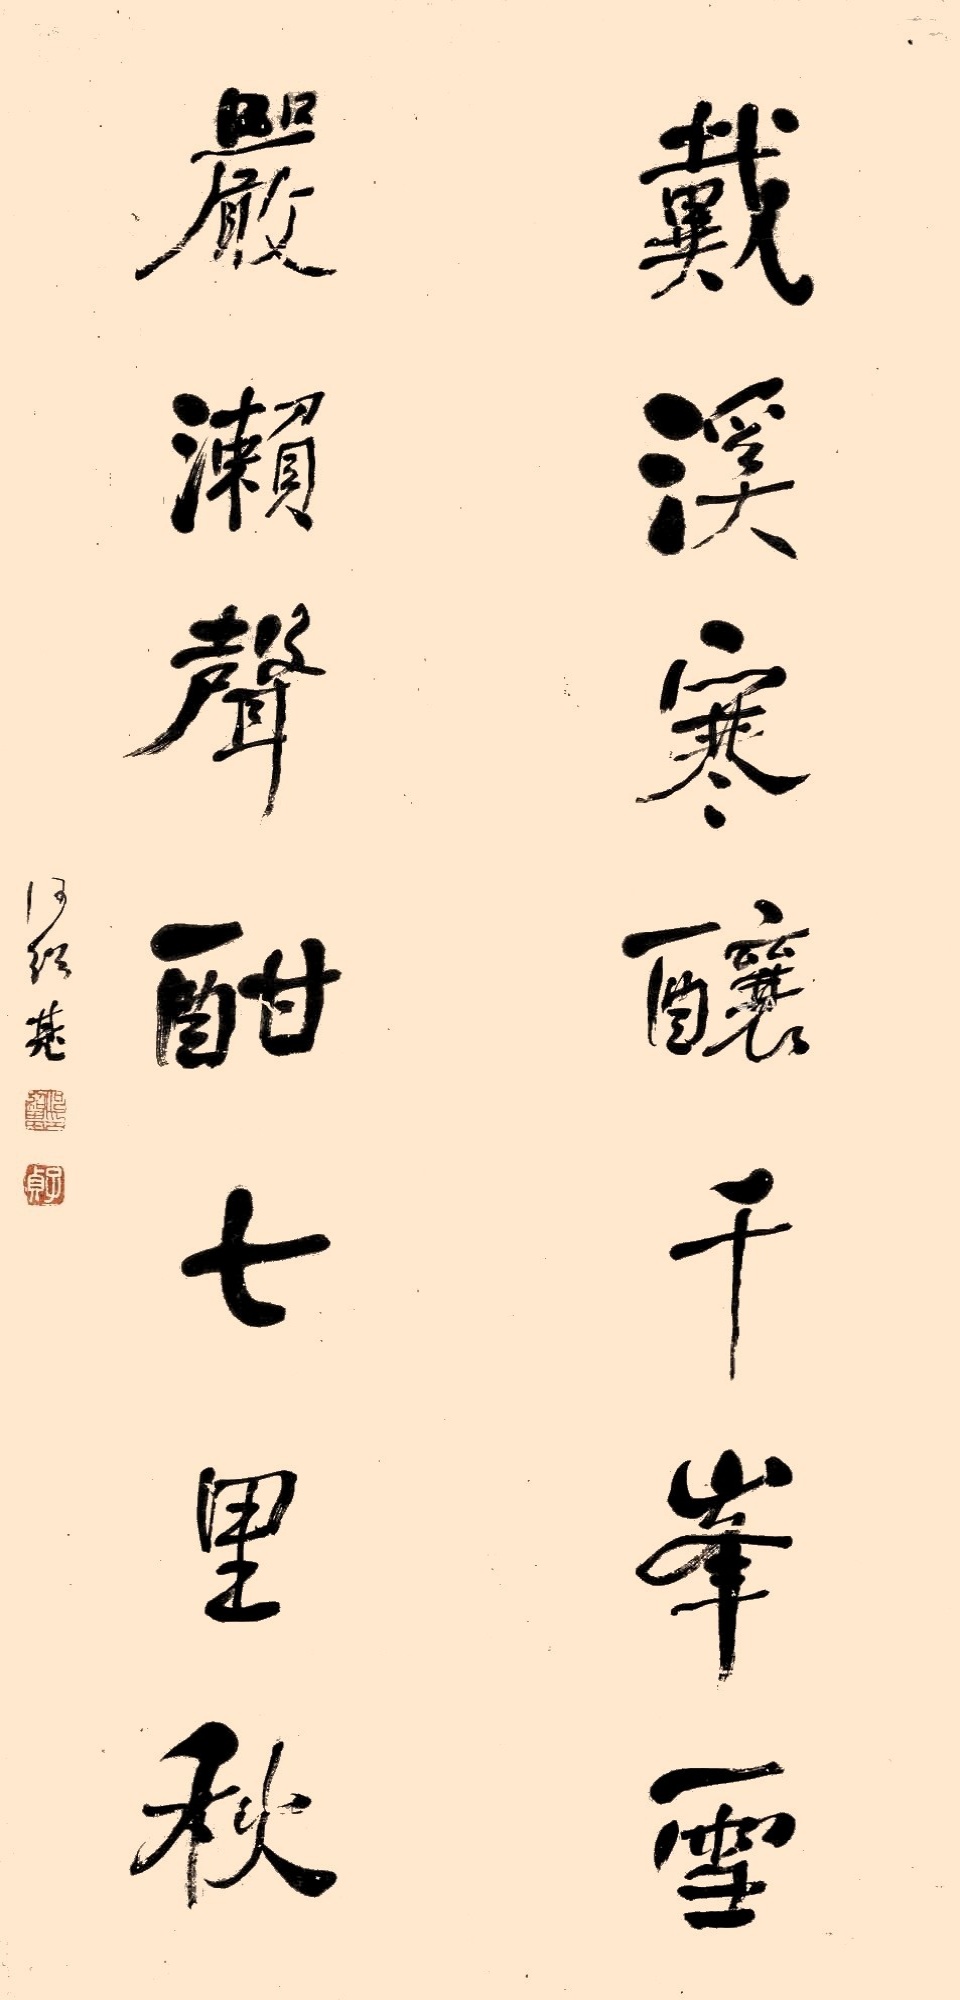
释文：戴溪寒酿千峰雪，严濑声酣七里秋。何绍基。